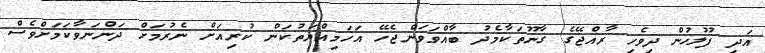
އަދި ފުލުހުން ދިވެހި ރާއްޖޭގެ ގާނޫތަކާމެދު ބާއްވަވަންޖެހޭ އަހަމިއްޔަތުކަން ކުރިއަށް ނެރުމަށް ދަންނަވާކަމަށްވެސް